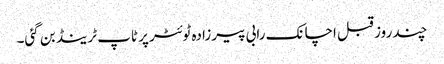
چند روز قبل اچانک رابی پیرزادہ ٹوئٹر پر ٹاپ ٹرینڈ بن گئی۔